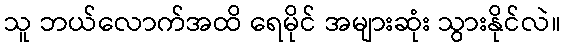
သူ ဘယ်လောက်အထိ ရေမိုင် အများဆုံး သွားနိုင်လဲ။